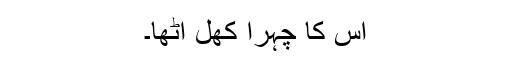
اس کا چہرا کھل اٹھا۔